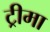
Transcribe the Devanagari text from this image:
ट्रीमा